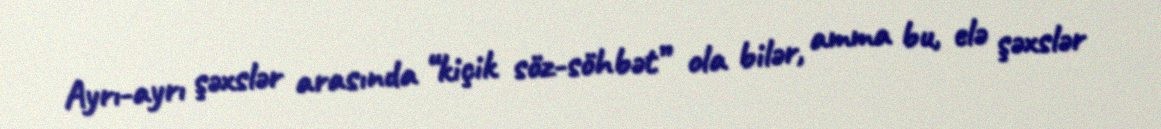
Ayrı-ayrı şəxslər arasında “kiçik söz-söhbət” ola bilər, amma bu, elə şəxslər